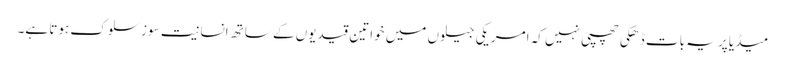
میڈیا پر یہ بات ڈھکی چھپی نہیں کہ امریکی جیلوں میں خواتین قیدیوں کے ساتھ انسانیت سوز سلوک ہوتا ہے۔